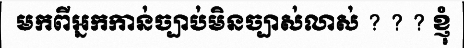
មកពីអ្នកកាន់ច្បាប់មិនច្បាស់លាស់ ? ? ? ខ្ញុំ